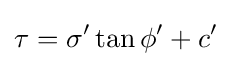
\tau =\sigma '\tan \phi '+c'